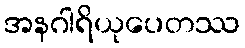
အနဂါရိယုပေတဿ